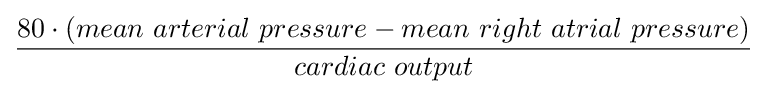
{\frac {80\cdot (mean\ arterial\ pressure-mean\ right\ atrial\ pressure)}{cardiac\ output}}